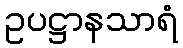
ဥပဋ္ဌာနသာရံ